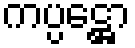
ကပ္ပဋ္ဌော